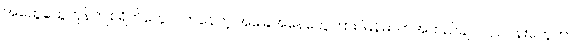
အထွေထွေကုန်ကျစရိတ်တွေတက်နေတဲ့ အခြေအနေတွေကြား မြန်မာကအထည်ချုပ်လုပ်ငန်းတွေဟာ